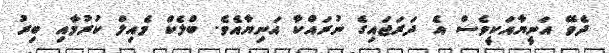
ދެވޭ އަނީޔާއަކީވެސް އެ ދަރަޖައިގެ ނުރައްކާ އަނިޔާއެވެ. ބްލެކް މެއިލް ކުރުމާއި ބިރު